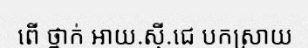
ពើ ថ្នាក់ អាយ.ស៊ី.ជេ បកស្រាយ